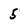
Character: 5